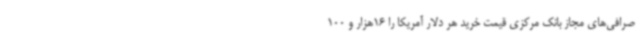
صرافی‌های مجاز بانک مرکزی قیمت خرید هر دلار آمریکا را 16هزار و 100